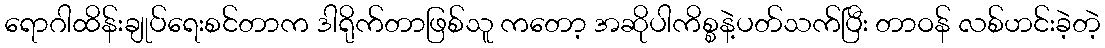
ရောဂါထိန်းချုပ်ရေးစင်တာက ဒါရိုက်တာဖြစ်သူ ကတော့ အဆိုပါကိစ္စနဲ့ပတ်သက်ပြီး တာဝန် လစ်ဟင်းခဲ့တဲ့